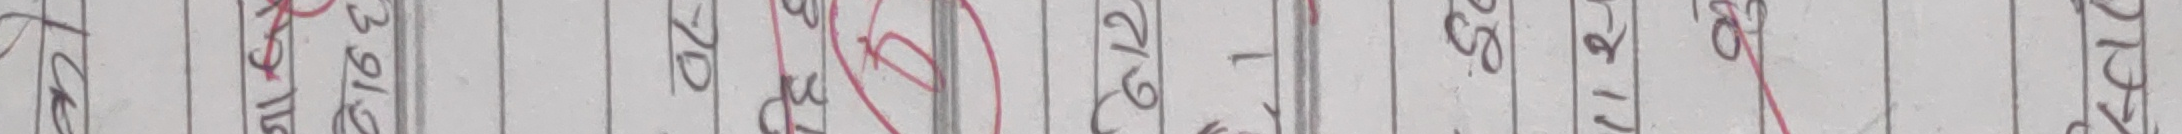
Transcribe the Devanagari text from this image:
लेबल जुन २/१६ बिंदु डि गु १२ एस ल एस ११ ३६ आर १२ डब्लु जी ई १४ पी १२ एम जी ७